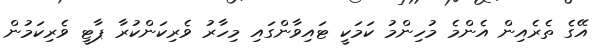
އޭގެ ތެރެއިން އެންމެ މުހިންމު ކަމަކީ ޓައިވާންގައި މިހާރު ވެރިކަންކުރާ ޕާޓީ ވެރިކަމުން